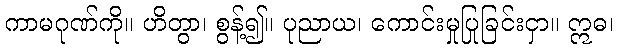
ကာမဂုဏ်ကို။ ဟိတွာ၊ စွန့်၍။ ပုညာယ၊ ကောင်းမှုပြုခြင်းငှာ။ ဣဓ၊